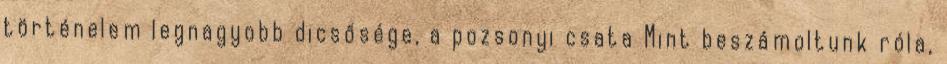
történelem legnagyobb dicsősége, a pozsonyi csata Mint beszámoltunk róla,